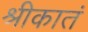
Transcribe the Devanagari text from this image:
श्रीकातं